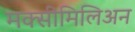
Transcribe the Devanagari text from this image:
मक्सीमिलिअन